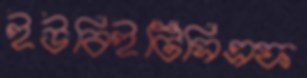
ইউবিইটিসিএফ